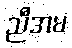
ညီအမ